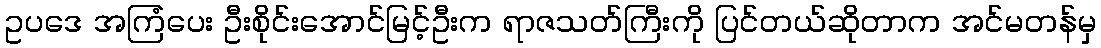
ဥပဒေ အကြံပေး ဦးစိုင်းအောင်မြင့်ဦးက ရာဇသတ်ကြီးကို ပြင်တယ်ဆိုတာက အင်မတန်မှ